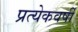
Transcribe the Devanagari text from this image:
प्रत्येकवर्षी